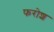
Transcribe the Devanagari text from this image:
फरोश